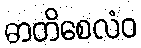
ဓာတိစေလံဝ